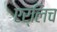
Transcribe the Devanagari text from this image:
एर्लिच